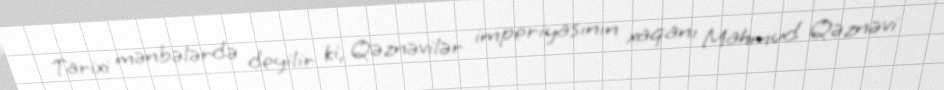
Tarixi mənbələrdə deyilir ki, Qəznəvilər imperiyasının xaqanı Mahmud Qəznəvi